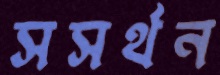
সসর্থন